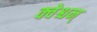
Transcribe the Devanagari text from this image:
क्वेश्चन्‌